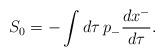
LaTeX: \begin{align*}S_0=-\int d\tau \, p_-{dx^-\over d\tau} .\end{align*}